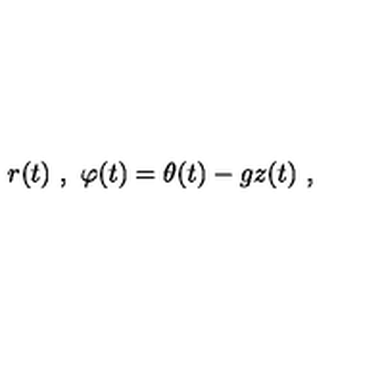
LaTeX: r ( t ) \ , \ \varphi ( t ) = \theta ( t ) - g z ( t ) \ ,